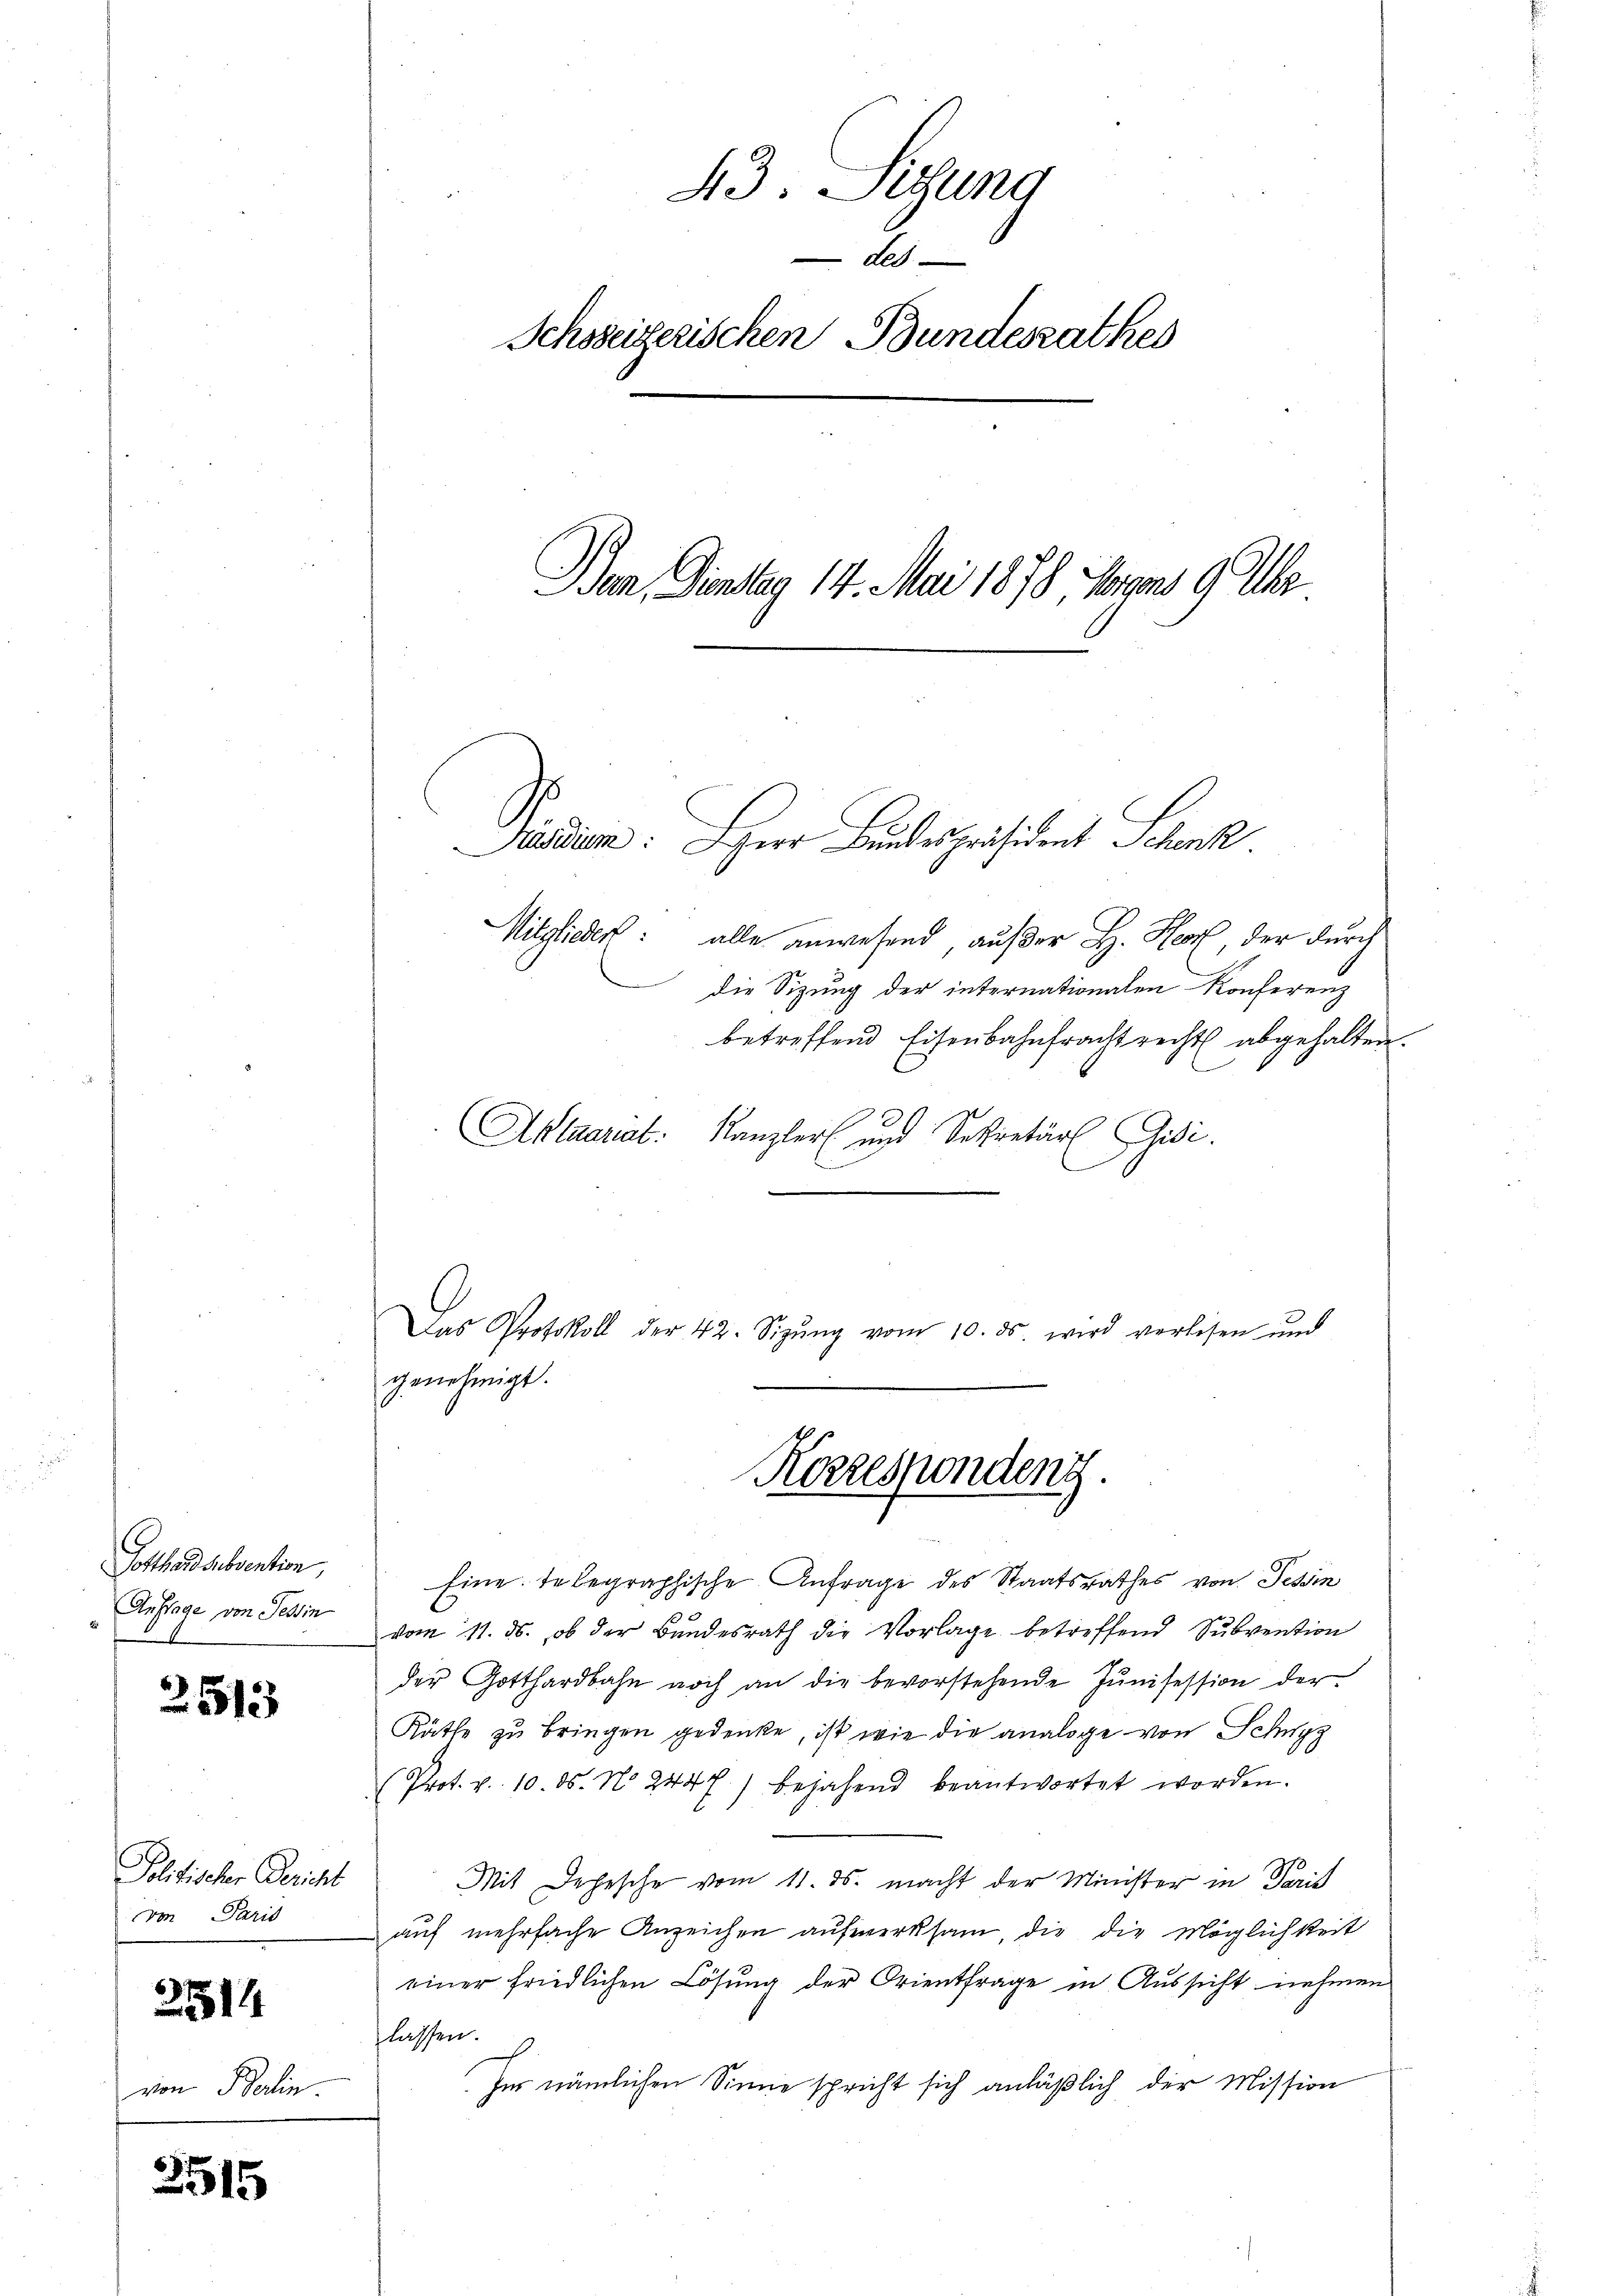
Gotthardsubvention,
Auftrage von Tessin

25513

Jolitischer Bericht
von Paris

3514

on Berlin.

3515

43. Lesung
B
Schoseizerischen Bundesrathes
Ban, Fontag 14. Mai 1878 Juns 9 Uhr

betreffend Eisenbahnfracht recht abgehalten.
Aktuariat. Kanzler und Sekretär idi.
Eine telegraphische Anfrage des Staatsrathes von Tessin
e
vom 11. ds. ob der Bundesrath die Vorlage betreffend Subvention
der Gotthardbahn noch an die bevorstehende Jŭnisession der
Räthe zu bringen gedenke, ist, wie die analoge von Schwyz
(Prot. v. 10. ds. No. 244 f.) bejahend beantwortet worden.
Mit Jahrsche vom 11. ds. macht der Minister in Paris
auf mehrfache Anzeichen aufmerksam, die die Möglichkeit
einer friedlichen Lösung der Orientfrage in Aussicht nehmen
lassen.
hus nämlichen Sinne spricht sich anläßlich der Mission

Aaesidium. HHerr Bundespräsident Schenk
Mitglieder: alle anwesend, auf der H. Herz, der durch
die Sitzung der internationalen Konferenz

Das Protokoll der 42. Sizŭng vom 10. ds. wird verlesen und
genehmigt.
Korresponden.